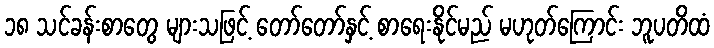
၁၈ သင်ခန်းစာတွေ များသဖြင့် တော်တော်နှင့် စာရေးနိုင်မည် မဟုတ်ကြောင်း ဘူပတိထံ